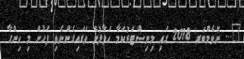
"... ނޮވެމްބަރ 2018 ގައި މިނިސްޓަރުކަމާ ހަވާލުވެ ވަޑައިގެންނެވި ފަހުން މި ހިންގާ